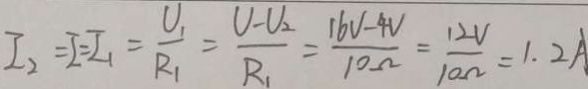
I _ { 2 } = I = I _ { 1 } = \frac { U _ { 1 } } { R _ { 1 } } = \frac { U - V _ { 2 } } { R _ { 1 } } = \frac { 1 6 V - 4 V } { 1 0 \Omega } = \frac { 1 2 V } { 1 0 \Omega } = 1 . 2 A